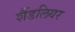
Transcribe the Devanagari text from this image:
शैंडलियर